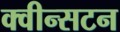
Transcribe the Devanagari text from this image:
क्वीन्सटन